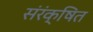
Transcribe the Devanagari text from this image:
संरंक्षित